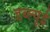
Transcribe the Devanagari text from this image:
डब्ल्यूई